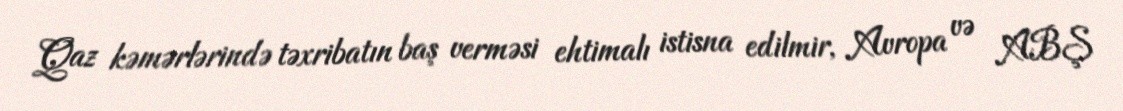
Qaz kəmərlərində təxribatın baş verməsi ehtimalı istisna edilmir, Avropa və ABŞ